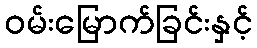
ဝမ်းမြောက်ခြင်းနှင့်